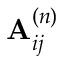
\mathbf { A } _ { i j } ^ { \left( n \right) }